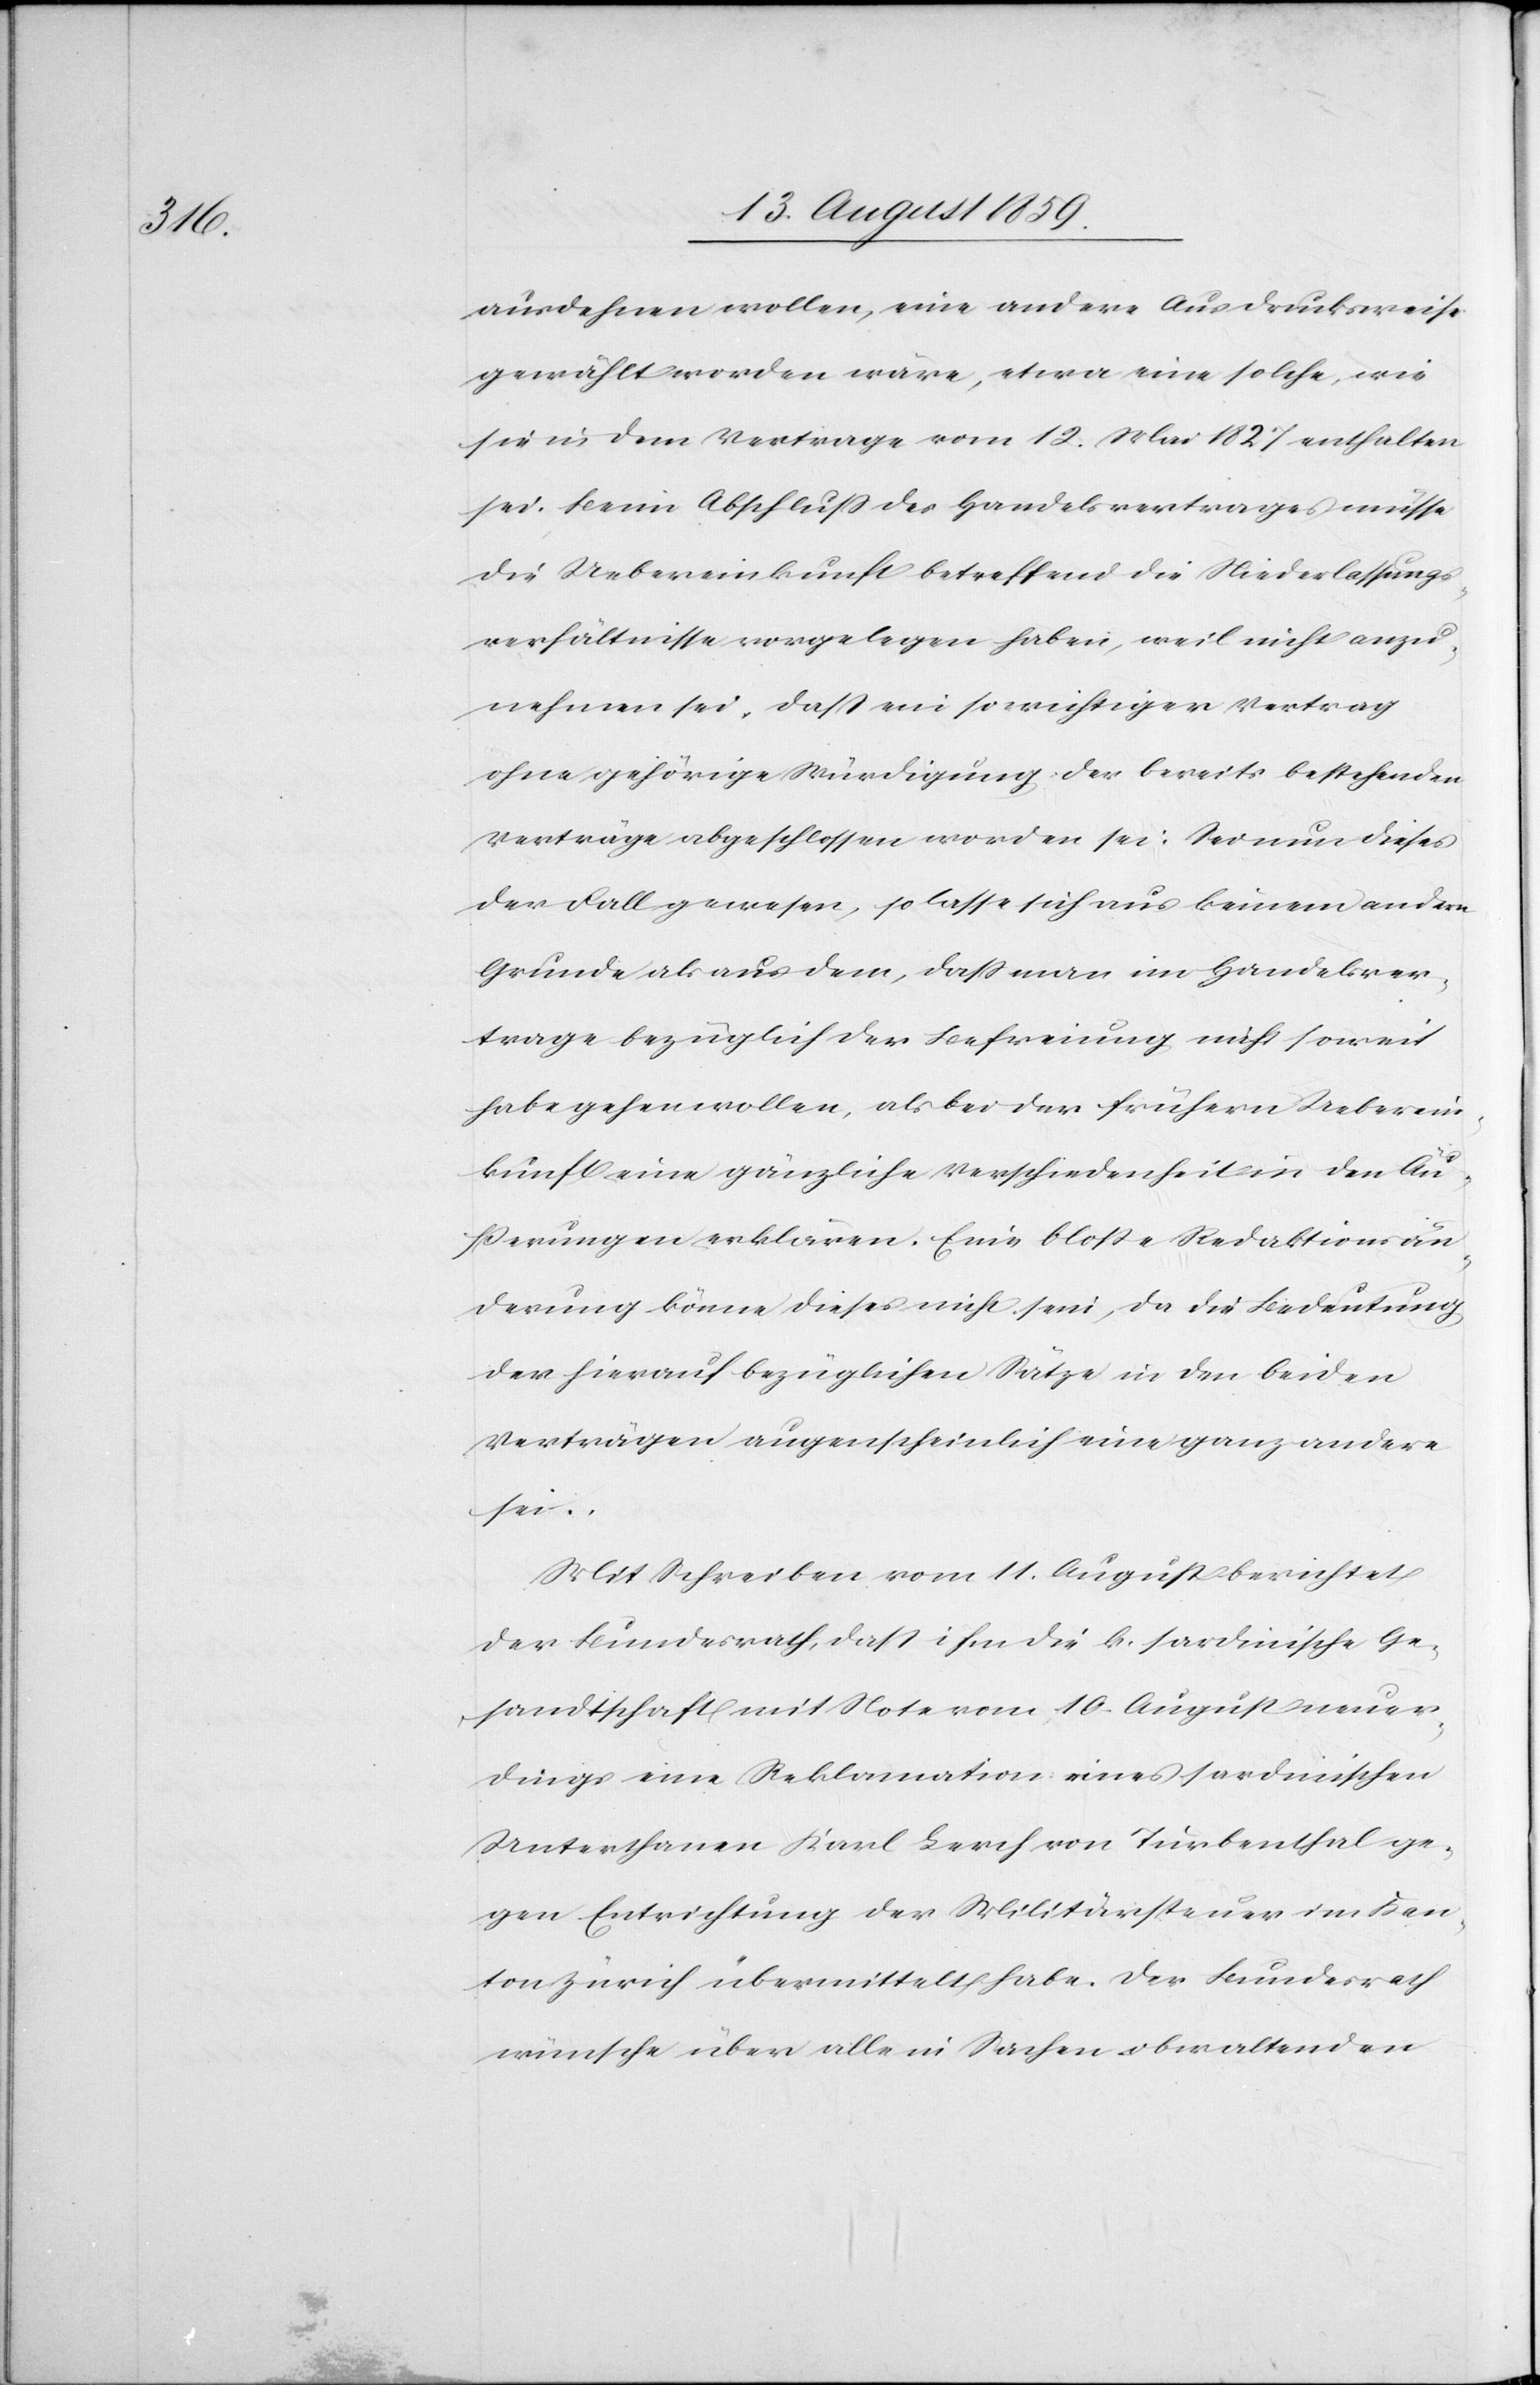
ausdehnen wollen, eine andere Ausdrucksweise
gewählt worden wäre, etwa eine solche wie
sie in dem Vertrage vom 12. Mai 1827 enthalten
sei. Beim Abschluß des Handelsvertrages müsse
die Uebereinkunft betreffend die Niederlassungs¬
verhältnisse vorgelegen haben, weil nicht anzu¬
nehmen sei, daß ein so wichtiger Vertrag
ohne gehörige Würdigung der bereits bestehenden
Verträge abgeschlossen worden sei. Sei nun dieses
der Fall gewesen, so lasse sich aus keinem anderen
Grunde als aus dem, daß man im Handelsver¬
trage bezüglich der Befreiung nicht soweit
habe gehen wollen, als bei der frühern Ueberein¬
kunft eine gänzliche Verschiedenheit in den Äu¬
ßerungen erklären. Eine bloße Redaktionsän¬
derung könne dieses nicht sein, da die Bedeutung
der hierauf bezüglichen Sätze in den beiden
Verträgen augenscheinlich eine ganz andere
sei.
Mit Schreiben vom 11. August berichtet
der Bundesrath, daß ihm die k. sardinische Ge¬
sandtschaft mit Note vom 10. August neuer¬
dings eine Reklamation eines sardinischen
Unterthanen Karl Lerch von Turbenthal ge¬
gen Entrichtung der Militärsteuer im Kan¬
ton Zürich übermittelt habe. Der Bundesrath
wünsche über alle in Sachen obwaltenden